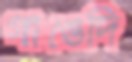
গাঙেদি